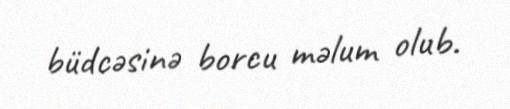
büdcəsinə borcu məlum olub.